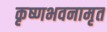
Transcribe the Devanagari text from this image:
कृष्णभवनामृत